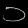
Digit: ၁